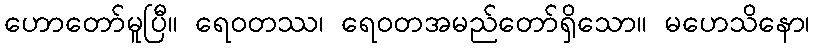
ဟောတော်မူပြီ။ ရေဝတဿ၊ ရေဝတအမည်တော်ရှိသော။ မဟေသိနော၊